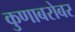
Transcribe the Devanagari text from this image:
कुणाबरोबर